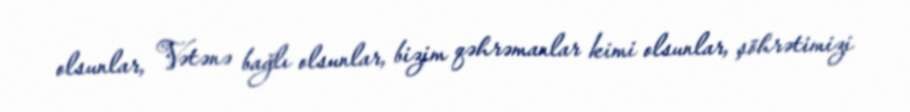
olsunlar, Vətənə bağlı olsunlar, bizim qəhrəmanlar kimi olsunlar, şöhrətimizi